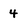
Character: 4